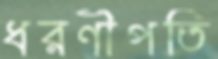
ধরণীপতি